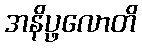
အနိပ္ဖလောတိ